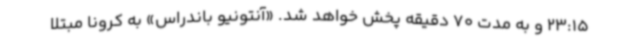
23:15 و به مدت 70 دقیقه پخش خواهد شد. «آنتونیو باندراس» به کرونا مبتلا